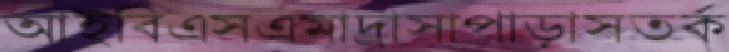
আইবিএসএমাদ্রাসাপাড়াসতর্ক